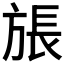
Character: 𪯹